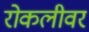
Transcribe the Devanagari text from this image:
रोकलीवर